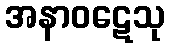
အနာဝဋေသု